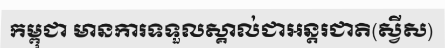
កម្ពុជា មានការទទួលស្គាល់ជាអន្តរជាតិ(ស្វីស)